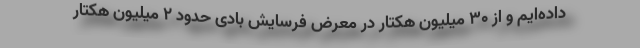
داده‌ایم و از ۳۰ میلیون هکتار در معرض فرسایش بادی حدود ۲ میلیون هکتار